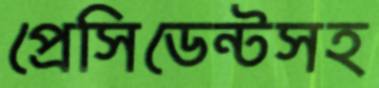
প্রেসিডেন্টসহ